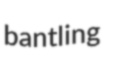
bantling